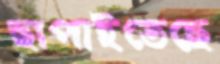
ছাপাইতেছে